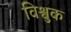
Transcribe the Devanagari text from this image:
विश्वुक